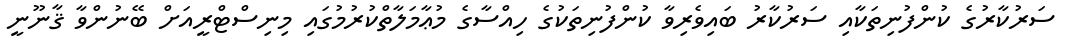
ސަރުކާރުގެ ކުންފުނިތަކާއި ސަރުކާރު ބައިވެރިވާ ކުންފުނިތަކުގެ ހިއްސާގެ މުޢާމަލާތްކުރުމުގައި މިނިސްޓްރީއަށް ބޭނުންވާ ޤާނޫނީ